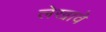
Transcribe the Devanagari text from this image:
लेखावे